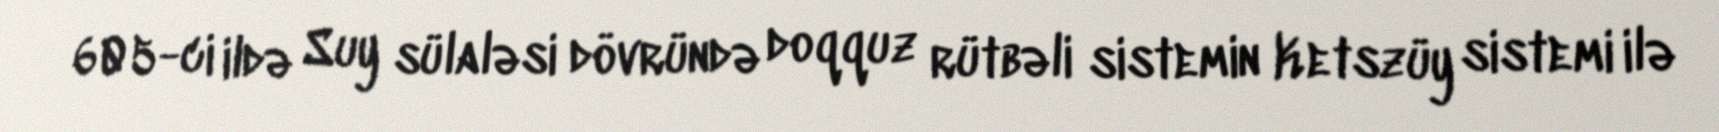
605-ci ildə Suy sülaləsi dövründə doqquz rütbəli sistemin Ketszüy sistemi ilə